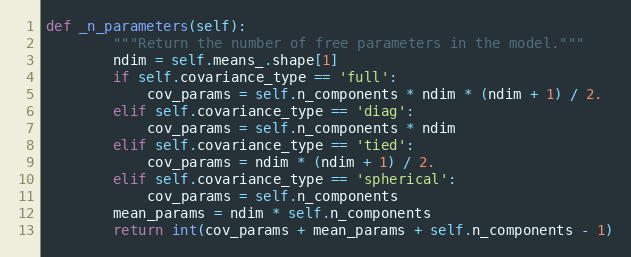
Language: Python
def _n_parameters(self):
        """Return the number of free parameters in the model."""
        ndim = self.means_.shape[1]
        if self.covariance_type == 'full':
            cov_params = self.n_components * ndim * (ndim + 1) / 2.
        elif self.covariance_type == 'diag':
            cov_params = self.n_components * ndim
        elif self.covariance_type == 'tied':
            cov_params = ndim * (ndim + 1) / 2.
        elif self.covariance_type == 'spherical':
            cov_params = self.n_components
        mean_params = ndim * self.n_components
        return int(cov_params + mean_params + self.n_components - 1)